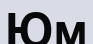
Юм